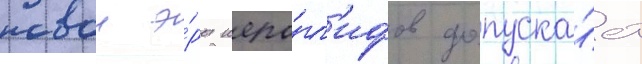
новои э́ры иеро́гл'ифов допуска́ет